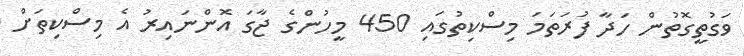
ވަގުތީގޮތުން ހަދާ ފުރަތަމަ މިސްކިތުގައި 450 މީހުންގެ ޖާގަ އޮންނައިރު އެ މިސްކިތަށް